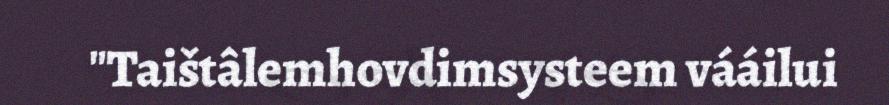
"Taištâlemhovdimsysteem vááilui